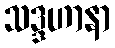
သဒ္ဒဟာနာ